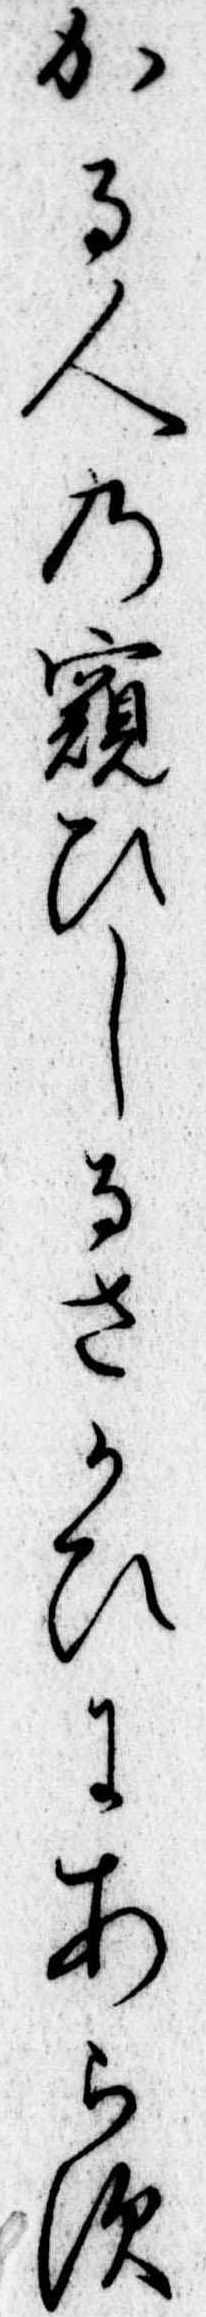
かる人の窺ひしるさかひにあらす